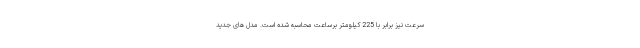
سرعت نیز برابر با 225 کیلومتر برساعت محاسبه شده است. مدل های جدید